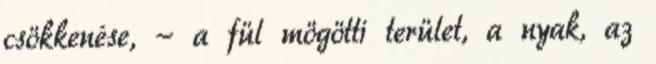
csökkenése, - a fül mögötti terület, a nyak, az